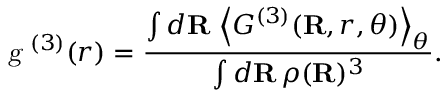
{ \textsl { g } ^ { ( 3 ) } } ( r ) = \frac { \int d \mathbf { R } \, \left\langle { G ^ { ( 3 ) } } ( \mathbf { R } , r , \theta ) \right\rangle _ { \theta } } { \int d \mathbf { R } \, \rho ( \mathbf { R } ) ^ { 3 } } .